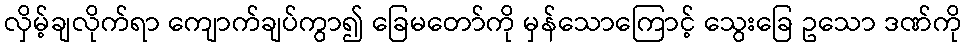
လှိမ့်ချလိုက်ရာ ကျောက်ချပ်ကွာ၍ ခြေမတော်ကို မှန်သောကြောင့် သွေးခြေ ဥသော ဒဏ်ကို